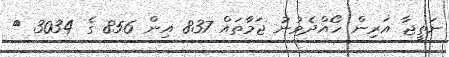
ނަތީޖާ އަރިން ހޯއްދެވުނު ޖަމާތައް 837 އިން 856 ގެ 3034 <